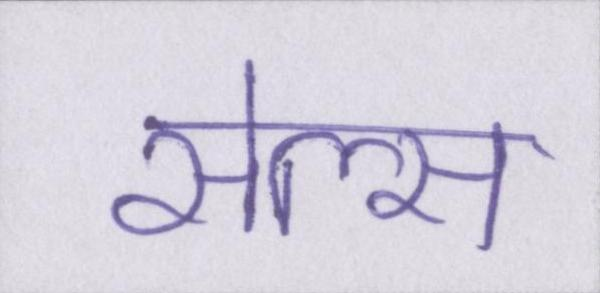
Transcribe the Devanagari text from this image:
सेल्स